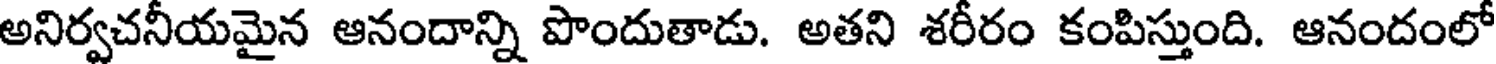
అనిర్వచనీయమైన ఆనందాన్ని పొందుతాడు. అతని శరీరం కంపిస్తుంది. ఆనందంలో